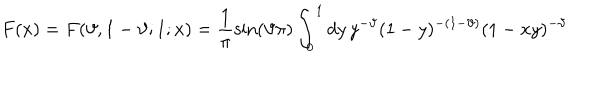
LaTeX: F ( x ) = F ( \vartheta , 1 - \vartheta ; 1 ; x ) = \frac { 1 } { \pi } \sin ( \vartheta \pi ) \int _ { 0 } ^ { 1 } d y \, y ^ { - \vartheta } ( 1 - y ) ^ { - ( 1 - \vartheta ) } ( 1 - x y ) ^ { - \vartheta }